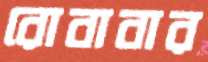
রোবাবার